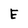
Character: E